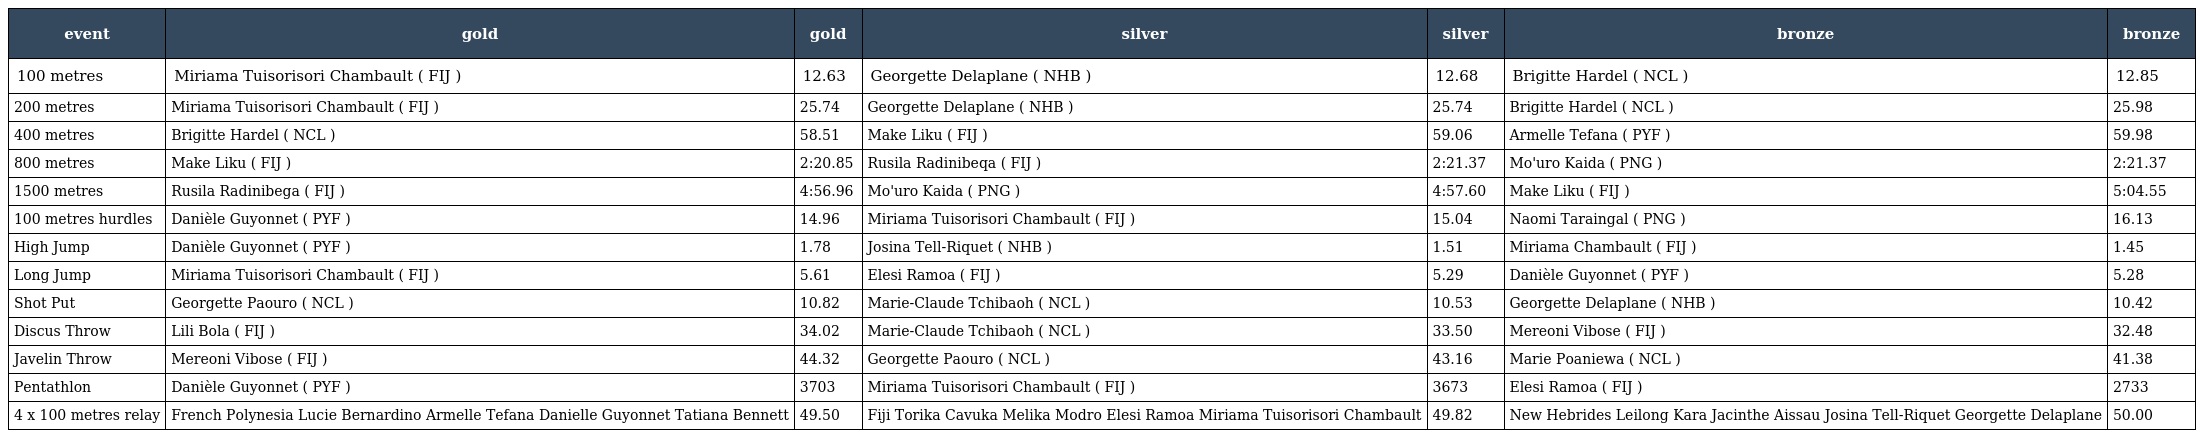
| event | gold | gold | silver | silver | bronze | bronze |
 | --- | --- | --- | --- | --- | --- | --- |
 | 100 metres | Miriama Tuisorisori Chambault ( FIJ ) | 12.63 | Georgette Delaplane ( NHB ) | 12.68 | Brigitte Hardel ( NCL ) | 12.85 |
 | 200 metres | Miriama Tuisorisori Chambault ( FIJ ) | 25.74 | Georgette Delaplane ( NHB ) | 25.74 | Brigitte Hardel ( NCL ) | 25.98 |
 | 400 metres | Brigitte Hardel ( NCL ) | 58.51 | Make Liku ( FIJ ) | 59.06 | Armelle Tefana ( PYF ) | 59.98 |
 | 800 metres | Make Liku ( FIJ ) | 2:20.85 | Rusila Radinibeqa ( FIJ ) | 2:21.37 | Mo'uro Kaida ( PNG ) | 2:21.37 |
 | 1500 metres | Rusila Radinibega ( FIJ ) | 4:56.96 | Mo'uro Kaida ( PNG ) | 4:57.60 | Make Liku ( FIJ ) | 5:04.55 |
 | 100 metres hurdles | Danièle Guyonnet ( PYF ) | 14.96 | Miriama Tuisorisori Chambault ( FIJ ) | 15.04 | Naomi Taraingal ( PNG ) | 16.13 |
 | High Jump | Danièle Guyonnet ( PYF ) | 1.78 | Josina Tell-Riquet ( NHB ) | 1.51 | Miriama Chambault ( FIJ ) | 1.45 |
 | Long Jump | Miriama Tuisorisori Chambault ( FIJ ) | 5.61 | Elesi Ramoa ( FIJ ) | 5.29 | Danièle Guyonnet ( PYF ) | 5.28 |
 | Shot Put | Georgette Paouro ( NCL ) | 10.82 | Marie-Claude Tchibaoh ( NCL ) | 10.53 | Georgette Delaplane ( NHB ) | 10.42 |
 | Discus Throw | Lili Bola ( FIJ ) | 34.02 | Marie-Claude Tchibaoh ( NCL ) | 33.50 | Mereoni Vibose ( FIJ ) | 32.48 |
 | Javelin Throw | Mereoni Vibose ( FIJ ) | 44.32 | Georgette Paouro ( NCL ) | 43.16 | Marie Poaniewa ( NCL ) | 41.38 |
 | Pentathlon | Danièle Guyonnet ( PYF ) | 3703 | Miriama Tuisorisori Chambault ( FIJ ) | 3673 | Elesi Ramoa ( FIJ ) | 2733 |
 | 4 x 100 metres relay | French Polynesia Lucie Bernardino Armelle Tefana Danielle Guyonnet Tatiana Bennett | 49.50 | Fiji Torika Cavuka Melika Modro Elesi Ramoa Miriama Tuisorisori Chambault | 49.82 | New Hebrides Leilong Kara Jacinthe Aissau Josina Tell-Riquet Georgette Delaplane | 50.00 |